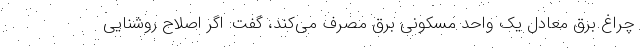
چراغ برق معادل یک واحد مسکونی برق مصرف می‌کند، گفت: اگر اصلاح روشنایی